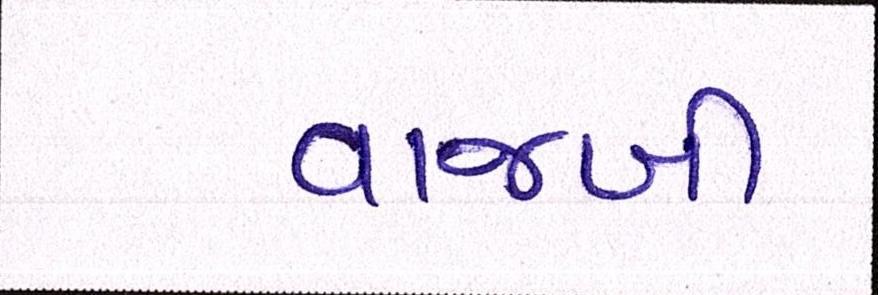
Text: વાજબી